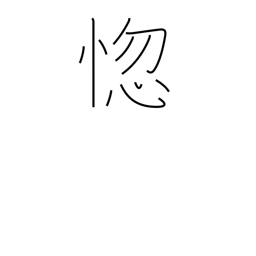
Meaning: grow senile